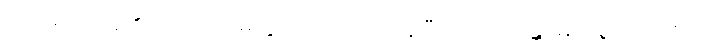
ကပ်လေကုန်၏။ ဥပသင်္ကမိတွာ၊ ကပ်လေကုန်ပြီး၍။ ဘဂဝန္တံ၊ မြတ်စွာဘုရားကို။